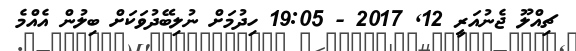
ޗިއްލޫ ޖެނުއަރީ 12